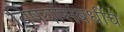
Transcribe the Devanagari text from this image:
विषयांसंबधींचे